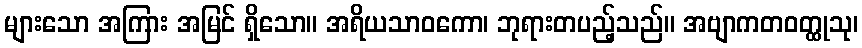
များသော အကြား အမြင် ရှိသော။ အရိယသာဝကော၊ ဘုရားတပည့်သည်။ အဗျာကတဝတ္ထုသု၊